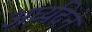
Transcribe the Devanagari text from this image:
अर्घ्यदेने